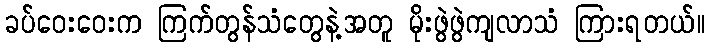
ခပ်ဝေးဝေးက ကြက်တွန်သံတွေနဲ့အတူ မိုးဖွဲဖွဲကျလာသံ ကြားရတယ်။